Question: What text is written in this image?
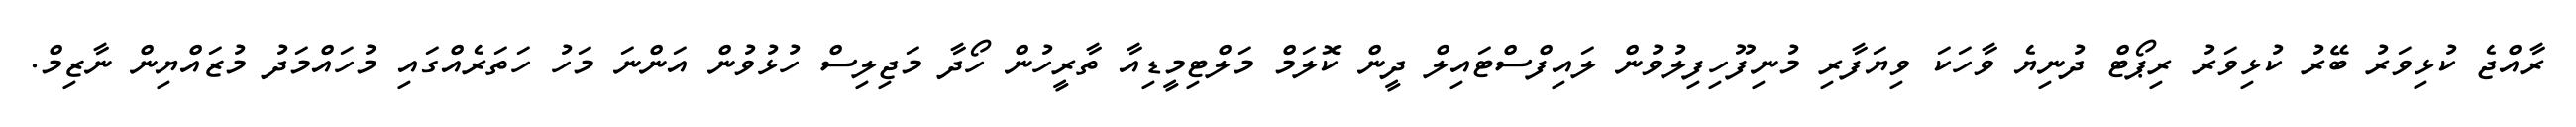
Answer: ރާއްޖެ ކުޅިވަރު ބޭރު ކުޅިވަރު ރިޕޯޓް ދުނިޔެ ވާހަކަ ވިޔަފާރި މުނިފޫހިފިލުވުން ލައިފްސްޓައިލް ދީން ކޮލަމް މަލްޓިމީޑިއާ ތާރީހުން ހޯދާ މަޖިލިސް ހުޅުވުން އަންނަ މަހު ހަތަރެއްގައި މުހައްމަދު މުޒައްޔިން ނާޒިމް.